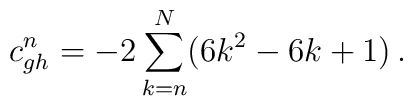
c^n_{gh} =  -2 \sum_{k=n}^N (6k^2-6k+1)\,.